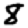
Digit: 8